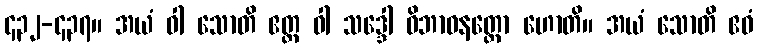
၄၃၂-၄၃၇။ အယံ ဝါ သောတိ ဧတ္ထ ဝါ သဒ္ဒေါ ဝိဘာဝနတ္ထော ဟောတိ။ အယံ သောတိ ဧဝံ